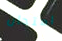
امتحان